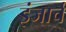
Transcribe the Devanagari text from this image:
इंजार्च